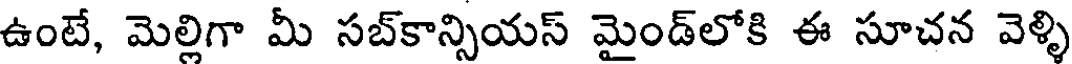
ఉంటే, మెల్లిగా మీ సబ్కాన్సియస్ మైండ్లోకి ఈ సూచన వెళ్ళి